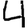
Digit: 4